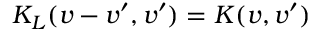
K _ { L } ( v - v ^ { \prime } , v ^ { \prime } ) = K ( v , v ^ { \prime } )